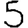
Digit: 5